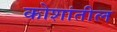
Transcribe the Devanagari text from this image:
कोशांतील